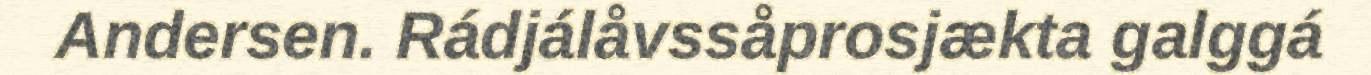
Andersen. Rádjálåvssåprosjækta galggá